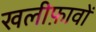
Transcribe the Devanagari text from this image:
खलीफ़ावों